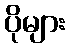
ပိုများ